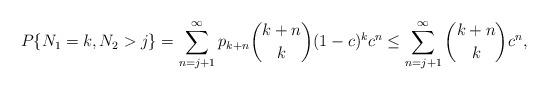
LaTeX: \begin{align*}P\{N_1=k,N_2>j\}= \sum_{n=j+1}^{\infty} p_{k+n} \binom{k+n}{k} (1-c)^k c^n\le \sum_{n=j+1}^{\infty} \binom{k+n}{k} c^n,\end{align*}